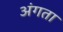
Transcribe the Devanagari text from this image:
अंगता